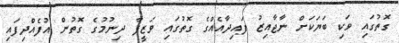
ގޮތުގައި ވަކި ބަޔަކަށް ނާޖާއިޒު ފައިދާއެއްގެ ގޮތުގައި ވަޒީފާ ދިނުމުގެ ގޮތުން އުފެއްދިފައި